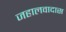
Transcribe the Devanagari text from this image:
जहालवादास